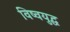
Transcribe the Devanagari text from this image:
विष्वयुद्ध